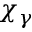
\chi _ { \gamma }